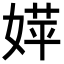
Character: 𡞴